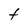
Character: t